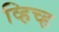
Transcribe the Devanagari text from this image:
व्हिच्ह